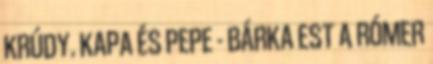
KRÚDY. KAPA ÉS PEPE - BÁRKA EST A RÓMER